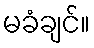
မခံချင်။